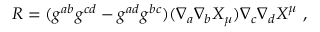
R = ( g ^ { a b } g ^ { c d } - g ^ { a d } g ^ { b c } ) ( \nabla _ { a } \nabla _ { b } X _ { \mu } ) \nabla _ { c } \nabla _ { d } X ^ { \mu } \ ,